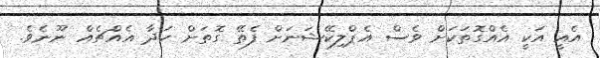
އެއީ އަކީ އެއްގޮތަކަށް ވެސް އެޕްލިކޭޝަނަށް ފެތޭ ގޮތަށް ހަދާ އެއްޗެއް ނޫނެވެ.